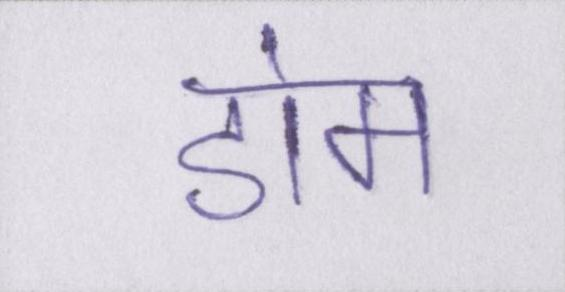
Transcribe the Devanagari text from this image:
डोम